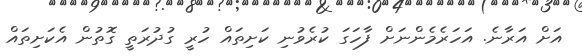
އަށް އަރާނެ. އަހަރެމެންނަށް ފާހަގަ ކުރެވުނި ކަށިތައް ހުރީ ގުދުރަތީ ގޮތުން އެކަށިތައް